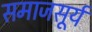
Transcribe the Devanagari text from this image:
समाजसूर्य